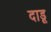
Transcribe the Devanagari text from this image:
दाडू